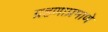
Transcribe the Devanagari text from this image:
ग्रहणाप्रमाणे